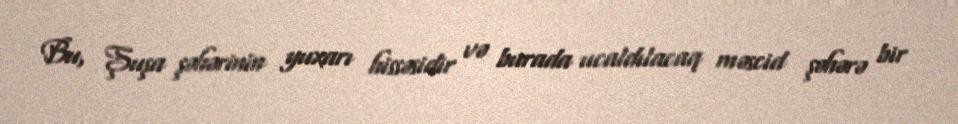
Bu, Şuşa şəhərinin yuxarı hissəsidir və burada ucaldılacaq məscid şəhərə bir